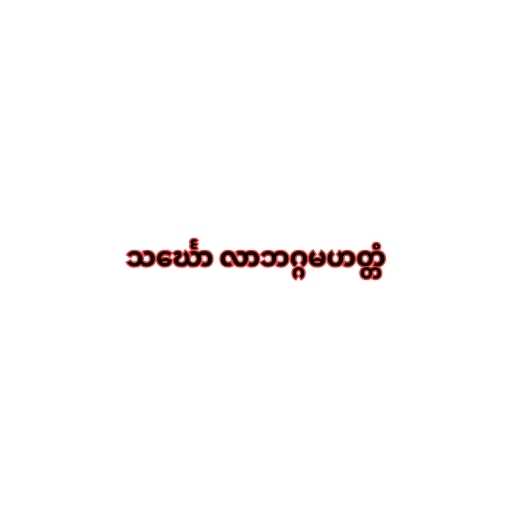
သင်္ဃော လာဘဂ္ဂမဟတ္တံ